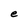
Character: e